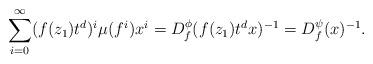
LaTeX: \begin{align*}\sum_{i=0}^{\infty}(f(z_1)t^d)^i\mu(f^i)x^i=D_f^{\phi}(f(z_1)t^dx)^{-1}=D_f^{\psi}(x)^{-1}.\end{align*}